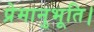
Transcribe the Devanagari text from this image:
प्रेमानुभूति।